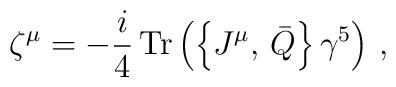
\zeta^\mu= -\frac{i}{4} \,{\rm Tr}\left( \left\{ J^\mu, \,\bar Q\right\}\gamma^5\right)\, ,